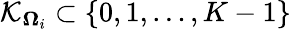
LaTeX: \mathcal{K}_{\mathbf{\Omega}_{i}}\subset\{ 0,1,\ldots,K-1\}